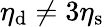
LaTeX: \eta_{\mathrm{d}}\neq 3\eta_{\mathrm{s}}